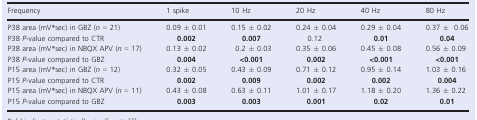
| Frequency | 1 spike | 10 Hz | 20 Hz | 40 Hz | 80 Hz |
 | --- | --- | --- | --- | --- | --- |
 | P38 area (mV*sec) in GBZ (n = 21) | 0.09 ± 0.01 | 0.15 ± 0.02 | 0.24 ± 0.04 | 0.29 ± 0.04 | 0.37 ±0.06 |
 | P38 P-value compared to CTR | 0.002 | 0.007 | 0.12 | 0.01 | 0.04 |
 | P38 area (mV*sec) in NBQX APV (n = 17) | 0.13 ± 0.02 | 0.2 ± 0.03 | 0.35 ± 0.06 | 0.45 ± 0.08 | 0.56 ± 0.09 |
 | P38 P-value compared to GBZ | 0.004 | <0.001 | 0.002 | <0.001 | <0.001 |
 | P15 area (mV*sec) in GBZ (n = 12) | 0.32 ± 0.05 | 0.43 ± 0.09 | 0.71 ± 0.12 | 0.95 ± 0.14 | 1.03 ± 0.16 |
 | P15 P-value compared to CTR | 0.002 | 0.009 | 0.002 | 0.002 | 0.004 |
 | P15 area (mV*sec) in NBQX APV (n = 11) | 0.43 ± 0.08 | 0.63 ± 0.11 | 1.01 ± 0.17 | 1.18 ± 0.20 | 1.36 ± 0.22 |
 | P15 P-value compared to GBZ | 0.003 | 0.003 | 0.001 | 0.02 | 0.01 |